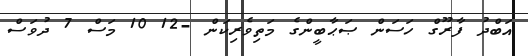
އަބްދު ފާރޫގް ހަސަން ޞަޙާބީންގެ މަތިވެރިކަން -12 10 މަސް 7 ދުވަސް